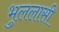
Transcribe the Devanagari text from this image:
भुललासी